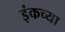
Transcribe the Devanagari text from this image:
इंकच्या